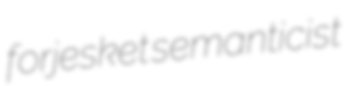
forjesket semanticist